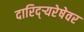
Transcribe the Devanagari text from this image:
दारिद्र्‍यरेषेवर